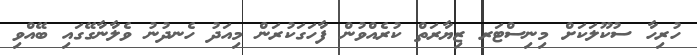
ހުރިހާ ސުކޫލަކަށް މިނިސްޓަރ ޒިޔާރަތް ކުރެއްވުން ފާހަގަކުރަން މިއަދު ހެނދުނު ވެލާނާގޭގައި ބޭއްވި